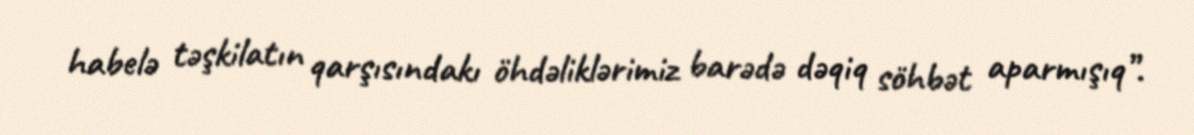
habelə təşkilatın qarşısındakı öhdəliklərimiz barədə dəqiq söhbət aparmışıq”.